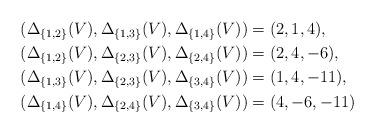
LaTeX: \begin{align*}& (\Delta_{\{1,2\}}(V), \Delta_{\{1,3\}}(V), \Delta_{\{1,4\}}(V)) = (2, 1, 4), \\& (\Delta_{\{1,2\}}(V), \Delta_{\{2,3\}}(V), \Delta_{\{2,4\}}(V)) = (2, 4, -6), \\& (\Delta_{\{1,3\}}(V), \Delta_{\{2,3\}}(V), \Delta_{\{3,4\}}(V)) = (1, 4, -11), \\& (\Delta_{\{1,4\}}(V), \Delta_{\{2,4\}}(V), \Delta_{\{3,4\}}(V)) = (4, -6, -11)\end{align*}